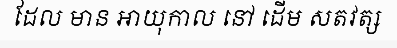
ដែល មាន អាយុកាល នៅ ដើម សតវត្ស